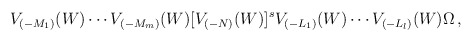
\begin{align*}V_{(-M_1)}(W) \cdots V_{(-M_m)}(W) [V_{(-N)}(W)]^s V_{(-L_1)}(W) \cdots V_{(-L_l)}(W) \Omega \,,\end{align*}